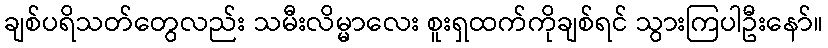
ချစ်ပရိသတ်တွေလည်း သမီးလိမ္မာလေး စူးရှထက်ကိုချစ်ရင် သွားကြပါဦးနော်။